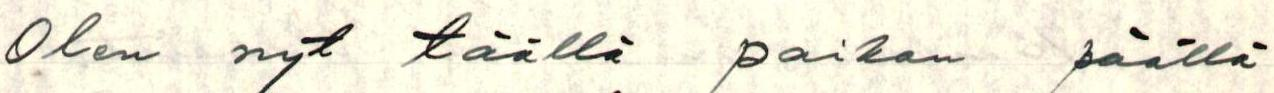
Olen nyt täällä paikan päällä